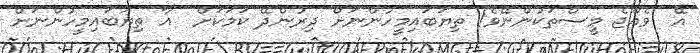
އޭ  ވެއްޖެ މީސްތަކުންނޭވެ! ތިޔަބައިމީހުންނަށް ދިރުންދޭ ކަމަކަށް  އާ ތިޔަބައިމީހުންނަށް